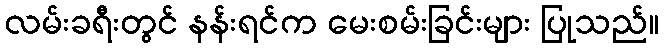
လမ်းခရီးတွင် နန်းရင်က မေးစမ်းခြင်းများ ပြုသည်။